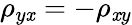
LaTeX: \rho_{y\mathit{x}}=-\rho_{\mathit{x}y}